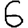
Digit: 6